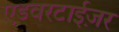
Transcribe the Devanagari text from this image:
एडवरटाईज़र